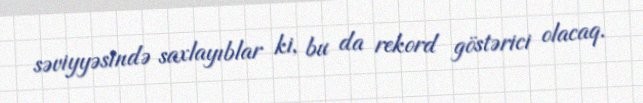
səviyyəsində saxlayıblar ki, bu da rekord göstərici olacaq.